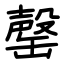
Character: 罄